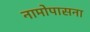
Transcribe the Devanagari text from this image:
नामोपासना